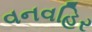
વનવહિર